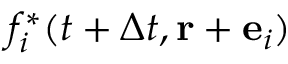
f _ { i } ^ { * } ( t + \Delta t , \mathbf { r } + { \bf e } _ { i } )